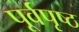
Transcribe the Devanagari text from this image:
पूर्वपृष्ठ